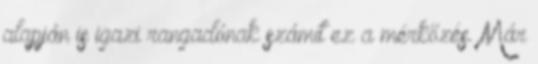
alapján is igazi rangadónak számít ez a mérkőzés. Már